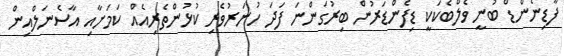
ފާޑިނެންޑް ބުނީ ވެލްބެކަކީ ޑިފެންޑަރުން ބިރުގަންނަ ފަދަ ހުނަރުވެރި ކުޅުންތެރިއެއް ކަމަށާއި އާސެނަލްއިން